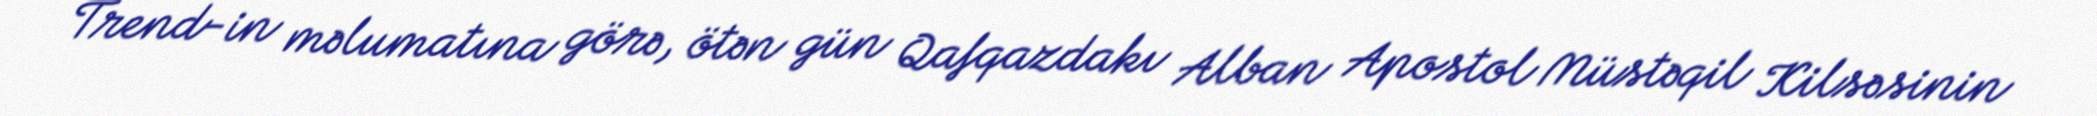
Trend-in məlumatına görə, ötən gün Qafqazdakı Alban Apostol Müstəqil Kilsəsinin